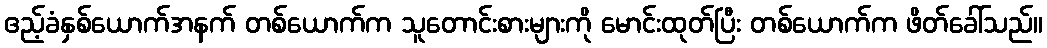
ဧည့်ခံနှစ်ယောက်အနက် တစ်ယောက်က သူတောင်းစားများကို မောင်းထုတ်ပြီး တစ်ယောက်က ဖိတ်ခေါ်သည်။